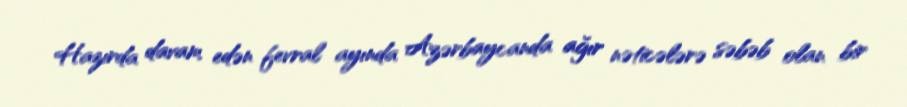
Hazırda davam edən fevral ayında Azərbaycanda ağır nəticələrə səbəb olan bir